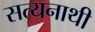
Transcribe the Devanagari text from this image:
सत्यनाथी